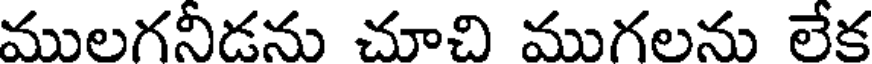
ములగనీడను చూచి ముగలను లేక